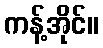
ကန့်အိုင်။